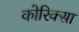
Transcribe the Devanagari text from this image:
कोरिक्सा